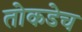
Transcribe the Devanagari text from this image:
तोकडेच